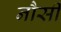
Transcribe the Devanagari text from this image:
नौसी